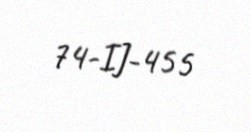
74-IJ-455